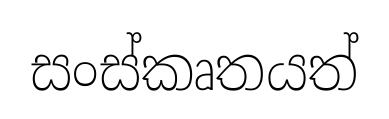
සංස්කෘතයත්